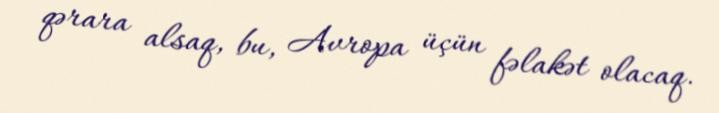
qərara alsaq, bu, Avropa üçün fəlakət olacaq.